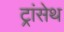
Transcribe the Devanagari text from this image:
ट्रांसेथ